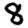
Digit: 8